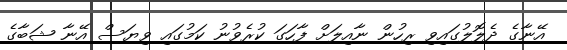
އޭނާގެ ދެލޮލުގައިވި ރިހުން ނާއިލަށް ފާހަގަ ކުރެވުނު ކަމުގައި ވިޔަސް އޭނާ ޝަބާގެ